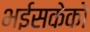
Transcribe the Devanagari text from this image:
भईसकेको